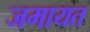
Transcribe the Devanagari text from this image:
जमायत